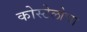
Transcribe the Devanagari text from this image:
कोस्टेलोचा